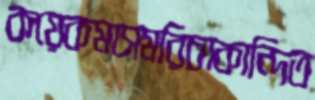
কয়েকমাসমরিচাকান্দিত